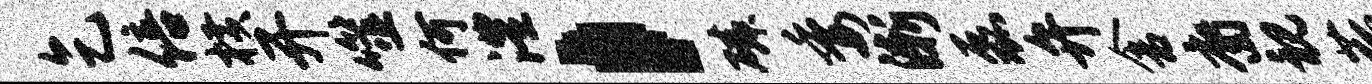
乞倍横开噬何澧，磷委渐磊弁舍裔视菰